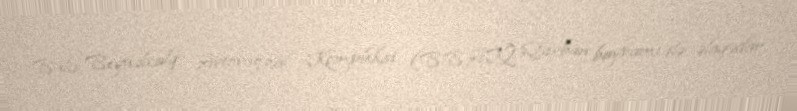
Bakı Beynəlxalq Avtovağzal Kompleksi (BBAK) Qurban bayramı ilə əlaqədar